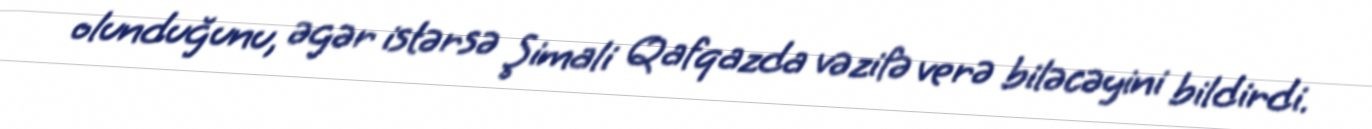
olunduğunu, əgər istərsə Şimali Qafqazda vəzifə verə biləcəyini bildirdi.